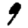
Digit: 9